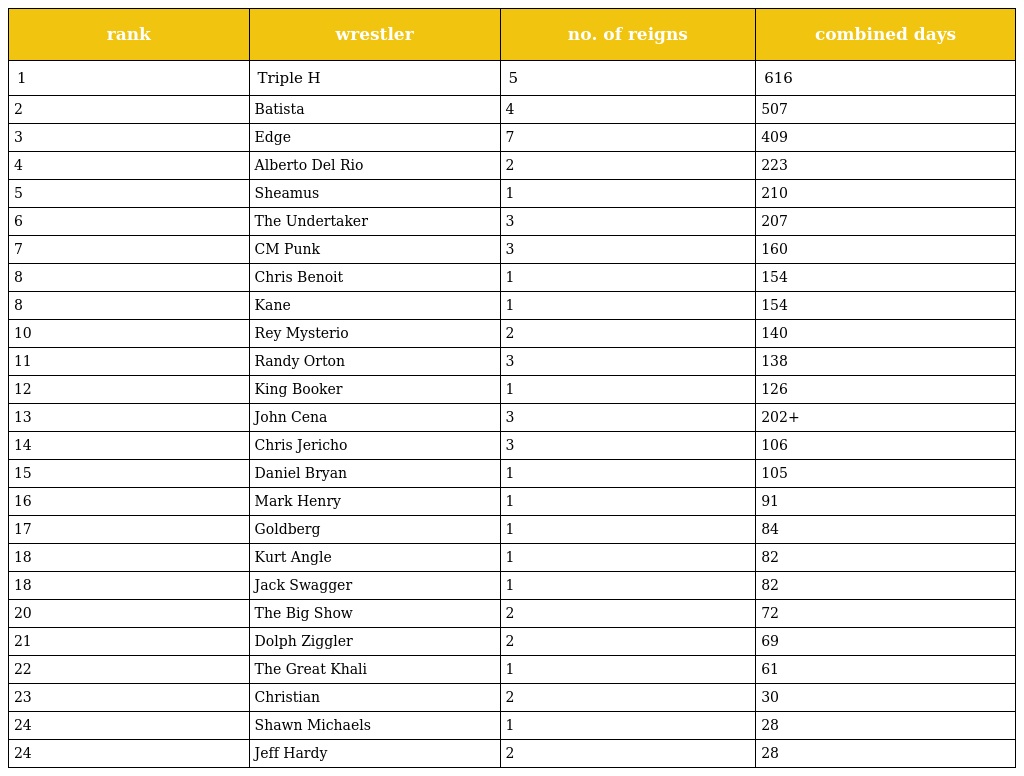
| rank | wrestler | no. of reigns | combined days |
 | --- | --- | --- | --- |
 | 1 | Triple H | 5 | 616 |
 | 2 | Batista | 4 | 507 |
 | 3 | Edge | 7 | 409 |
 | 4 | Alberto Del Rio | 2 | 223 |
 | 5 | Sheamus | 1 | 210 |
 | 6 | The Undertaker | 3 | 207 |
 | 7 | CM Punk | 3 | 160 |
 | 8 | Chris Benoit | 1 | 154 |
 | 8 | Kane | 1 | 154 |
 | 10 | Rey Mysterio | 2 | 140 |
 | 11 | Randy Orton | 3 | 138 |
 | 12 | King Booker | 1 | 126 |
 | 13 | John Cena | 3 | 202+ |
 | 14 | Chris Jericho | 3 | 106 |
 | 15 | Daniel Bryan | 1 | 105 |
 | 16 | Mark Henry | 1 | 91 |
 | 17 | Goldberg | 1 | 84 |
 | 18 | Kurt Angle | 1 | 82 |
 | 18 | Jack Swagger | 1 | 82 |
 | 20 | The Big Show | 2 | 72 |
 | 21 | Dolph Ziggler | 2 | 69 |
 | 22 | The Great Khali | 1 | 61 |
 | 23 | Christian | 2 | 30 |
 | 24 | Shawn Michaels | 1 | 28 |
 | 24 | Jeff Hardy | 2 | 28 |